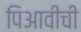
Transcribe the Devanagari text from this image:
पिआवीची